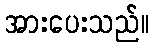
အားပေးသည်။